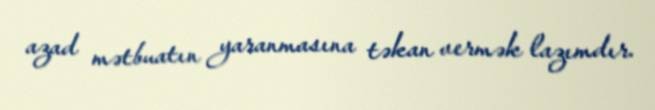
azad mətbuatın yaranmasına təkan vermək lazımdır.